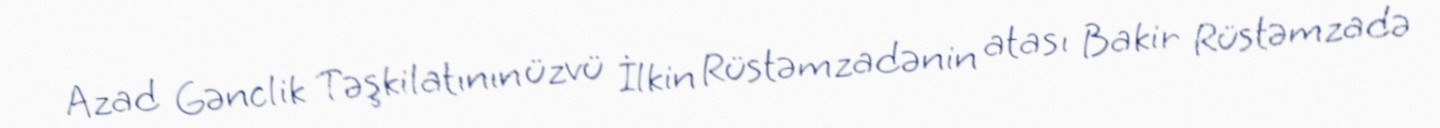
Azad Gənclik Təşkilatının üzvü İlkin Rüstəmzadənin atası Bakir Rüstəmzadə